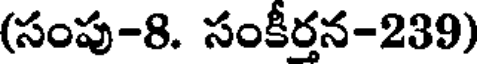
(సంపు-8. సంకీర్తన-239)